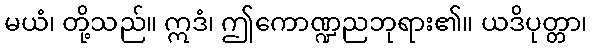
မယံ၊ တို့သည်။ ဣဒံ၊ ဤကောဏ္ဍညဘုရား၏။ ယဒိပုတ္တာ၊